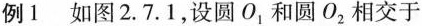
例1如图2.7.1，设圆O_{1}和圆O_{2}相交于